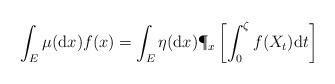
LaTeX: \begin{align*} \int_E \mu({\rm d}x)f(x)=\int_E {\eta}({\rm d}x)\P_x\left[\int_0^\zeta f(X_t){\rm d}t\right] \end{align*}